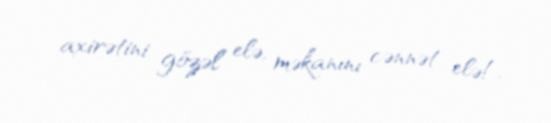
axirətini gözəl elə, məkanını cənnət elə!.